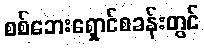
စစ်ဘေးရှောင်စခန်းတွင်